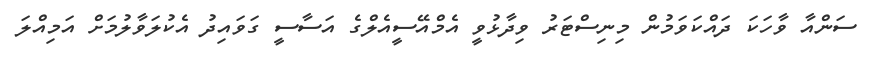
ސަންއާ ވާހަކަ ދައްކަވަމުން މިނިސްޓަރު ވިދާޅުވީ އެމްއޭސީއެލްގެ އަސާސީ ގަވައިދު އެކުލަވާލުމަށް އަމިއްލަ